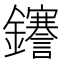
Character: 𮣫